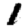
Digit: 1